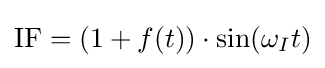
{\mbox{IF}}=(1+f(t))\cdot \sin(\omega _{I}t)